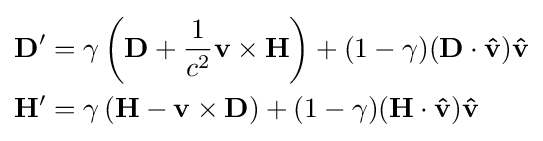
{\begin{aligned}\mathbf {D} '&=\gamma \left(\mathbf {D} +{\frac {1}{c^{2}}}\mathbf {v} \times \mathbf {H} \right)+(1-\gamma )(\mathbf {D} \cdot \mathbf {\hat {v}} )\mathbf {\hat {v}} \\\mathbf {H} '&=\gamma \left(\mathbf {H} -\mathbf {v} \times \mathbf {D} \right)+(1-\gamma )(\mathbf {H} \cdot \mathbf {\hat {v}} )\mathbf {\hat {v}} \end{aligned}}